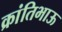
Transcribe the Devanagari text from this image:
क्रांतिभाऊ